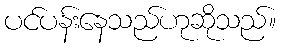
ပင်ပန်းနေသည်ဟုဆိုသည်။